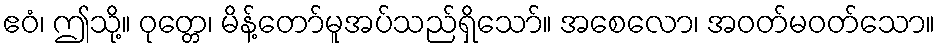
ဧဝံ၊ ဤသို့။ ဝုတ္တေ၊ မိန့်တော်မူအပ်သည်ရှိသော်။ အစေလော၊ အဝတ်မဝတ်သော။